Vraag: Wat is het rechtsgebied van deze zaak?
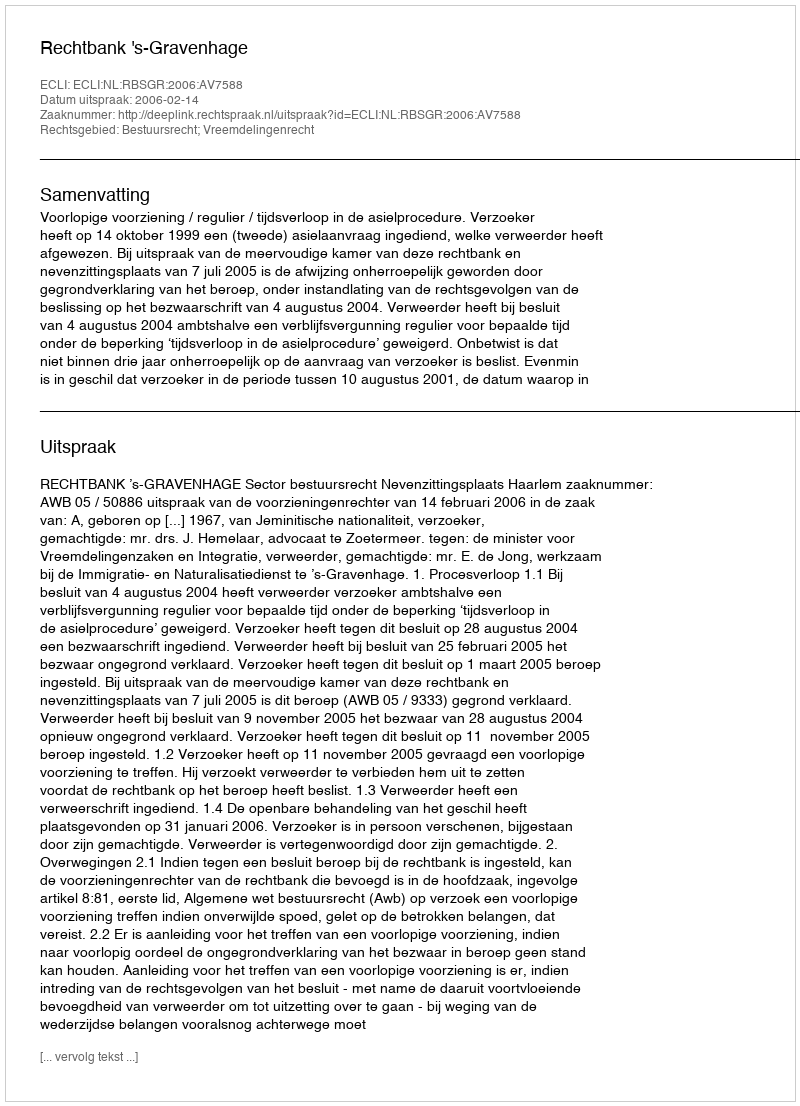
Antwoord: Bestuursrecht; Vreemdelingenrecht